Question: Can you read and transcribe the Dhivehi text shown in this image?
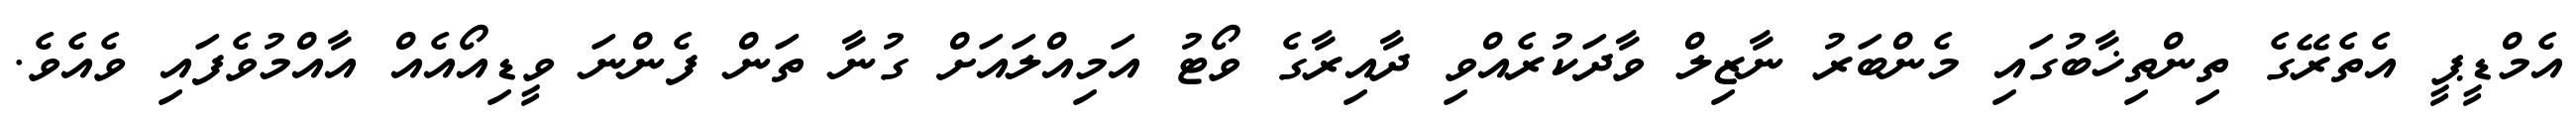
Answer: އެމްޑީޕީ އެތެރޭގެ ތިންތިޚާބުގައި މެންބަރު ނާޒިލް ވާދަކުރެއްވި ދާއިރާގެ ވޯޓު އަމިއްލައަށް ގުނާ ތަން ފެންނަ ވީޑިއޯއެއް އާއްމުވެފައި ވެއެވެ.